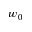
w _ { 0 }